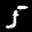
Label: 5